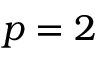
p = 2